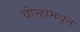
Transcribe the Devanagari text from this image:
चीन्हामधून